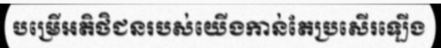
បម្រើអតិថិជនរបស់យើងកាន់តែប្រសើរឡើង